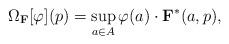
LaTeX: \begin{align*} \Omega_\mathbf{F}[\varphi](p)= \sup_{a\in A} \varphi(a)\cdot \mathbf{F}^*(a,p), \end{align*}